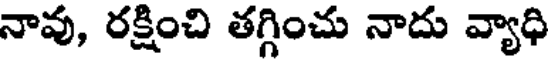
నావు, రక్షించి తగ్గించు నాదు వ్యాధి